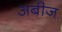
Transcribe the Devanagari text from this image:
अबीज